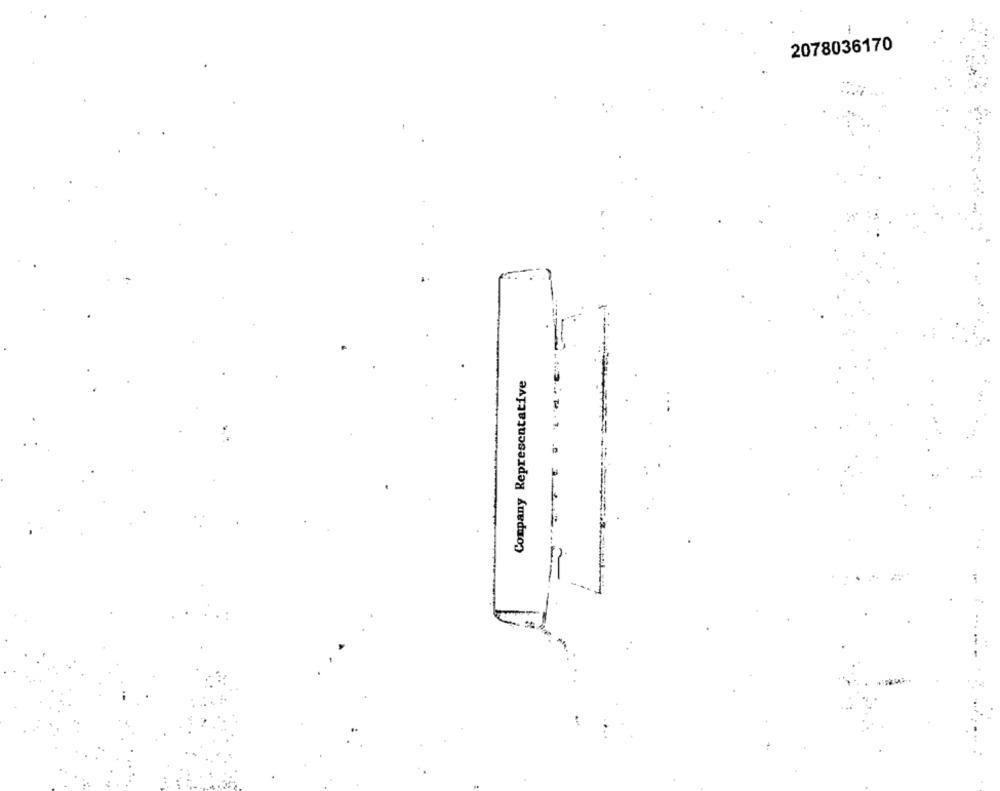
2078036170
Company Representative